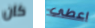
كان اعطي